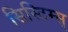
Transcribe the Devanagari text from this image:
सिस्टिम्स्